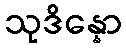
သုဒိန္နော